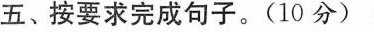
五、按要求完成句子。（10分）